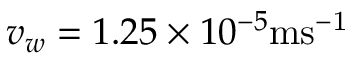
v _ { w } = 1 . 2 5 \times 1 0 ^ { - 5 } \mathrm { m s ^ { - 1 } }